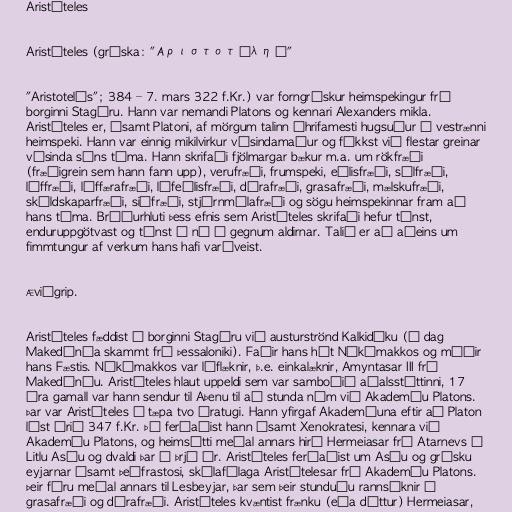
Aristóteles

Aristóteles (gríska: "Αριστοτέλης"

"Aristotelēs"; 384 – 7. mars 322 f.Kr.) var forngrískur heimspekingur frá
borginni Stagíru. Hann var nemandi Platons og kennari Alexanders mikla.
Aristóteles er, ásamt Platoni, af mörgum talinn áhrifamesti hugsuður í vestrænni
heimspeki. Hann var einnig mikilvirkur vísindamaður og fékkst við flestar greinar
vísinda síns tíma. Hann skrifaði fjölmargar bækur m.a. um rökfræði
(fræðigrein sem hann fann upp), verufræði, frumspeki, eðlisfræði, sálfræði,
líffræði, líffærafræði, lífeðlisfræði, dýrafræði, grasafræði, mælskufræði,
skáldskaparfræði, siðfræði, stjórnmálafræði og sögu heimspekinnar fram að
hans tíma. Bróðurhluti þess efnis sem Aristóteles skrifaði hefur týnst,
enduruppgötvast og týnst á ný í gegnum aldirnar. Talið er að aðeins um
fimmtungur af verkum hans hafi varðveist.

Æviágrip.

Aristóteles fæddist í borginni Stagíru við austurströnd Kalkidíku (í dag
Makedónía skammt frá Þessaloniki). Faðir hans hét Níkómakkos og móðir
hans Fæstis. Níkómakkos var líflæknir, þ.e. einkalæknir, Amyntasar III frá
Makedóníu. Aristóteles hlaut uppeldi sem var samboðið aðalsstéttinni, 17
ára gamall var hann sendur til Aþenu til að stunda nám við Akademíu Platons.
Þar var Aristóteles í tæpa tvo áratugi. Hann yfirgaf Akademíuna eftir að Platon
lést árið 347 f.Kr. Þá ferðaðist hann ásamt Xenokratesi, kennara við
Akademíu Platons, og heimsótti meðal annars hirð Hermeiasar frá Atarnevs í
Litlu Asíu og dvaldi þar í þrjú ár. Aristóteles ferðaðist um Asíu og grísku
eyjarnar ásamt Þeófrastosi, skólafélaga Aristótelesar frá Akademíu Platons.
Þeir fóru meðal annars til Lesbeyjar, þar sem þeir stunduðu rannsóknir í
grasafræði og dýrafræði. Aristóteles kvæntist frænku (eða dóttur) Hermeiasar,